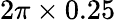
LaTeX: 2\pi\times 0.25